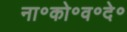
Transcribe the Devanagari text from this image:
ना॰को॰व॰दे॰